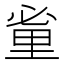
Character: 𨤩